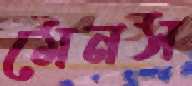
মেনস